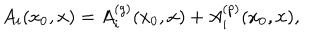
LaTeX: A _ { i } ( x _ { 0 } , { \bf x } ) = A _ { i } ^ { ( g ) } ( x _ { 0 } , { \bf x } ) + A _ { i } ^ { ( p ) } ( x _ { 0 } , { \bf x } ) ,